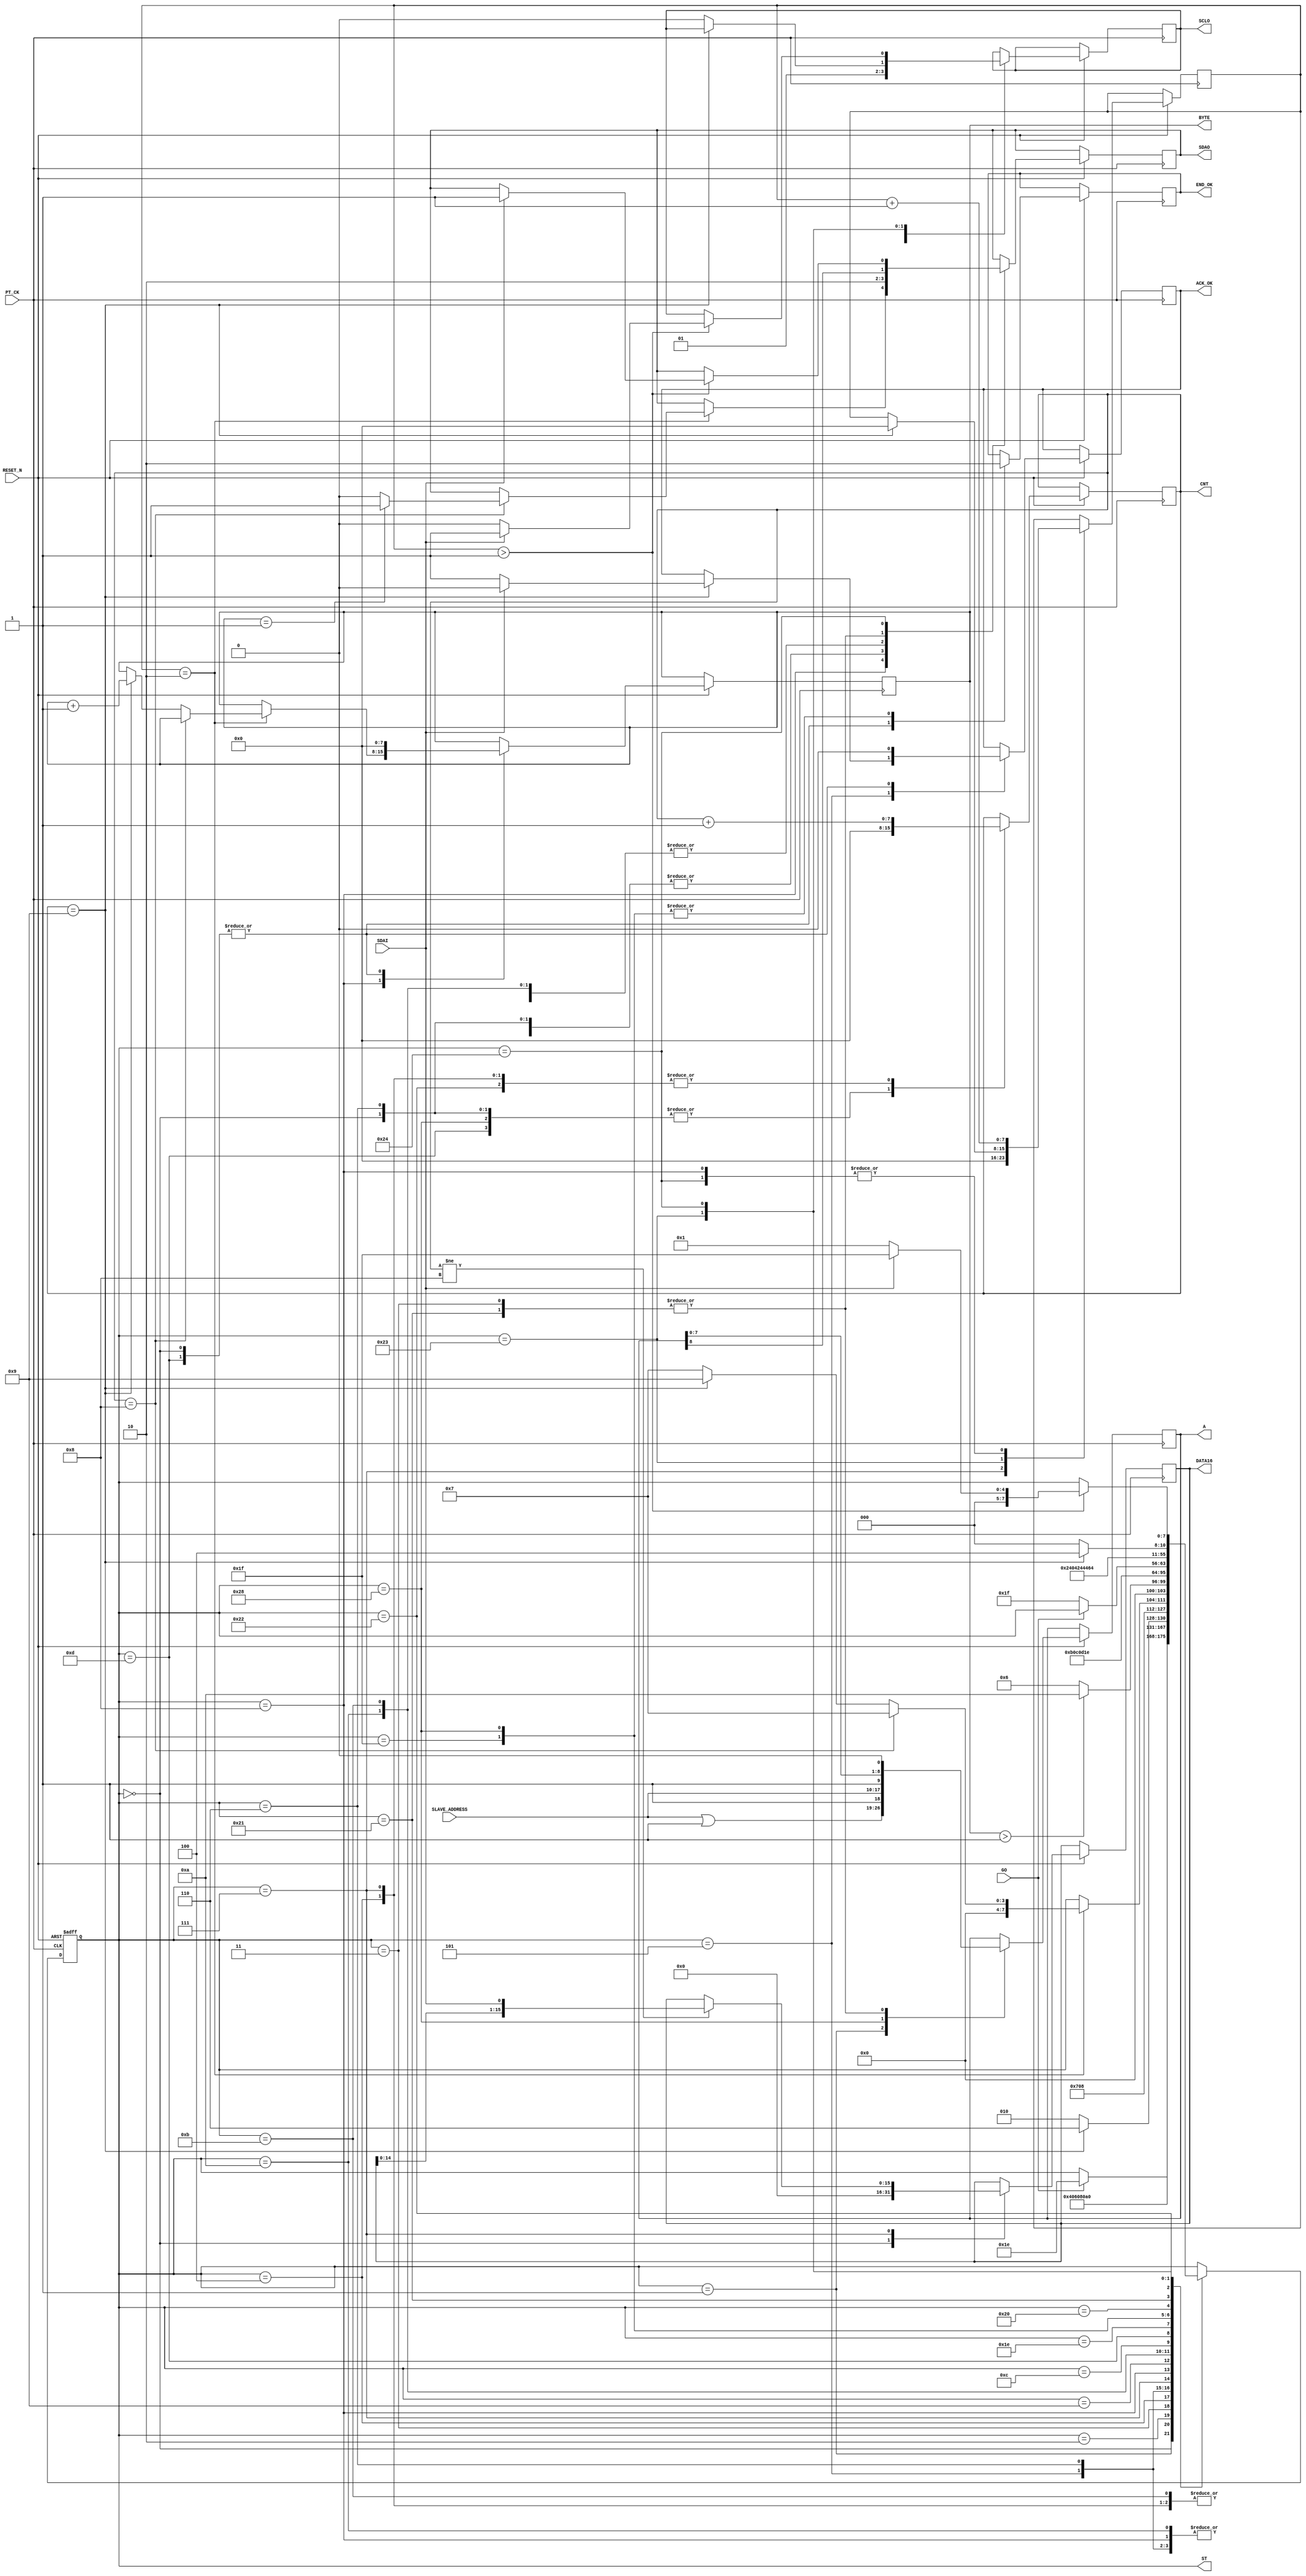
module I2C_READ_2BYTE_C (
   input  				RESET_N ,
	input       		PT_CK,
	input       [7:0]	SLAVE_ADDRESS ,
	input       		GO,
	input       		SDAI,
	output reg  		SDAO,
	output reg  		SCLO,
	output reg  		END_OK , 
	output reg  [15:0] DATA16 , 
	//for TEST
	output reg  [7:0] ST ,
	output reg        ACK_OK,
	output reg  [7:0] CNT,
	output reg  [8:0] A ,
	output reg  [7:0] BYTE
);

reg    [7:0]DELY ;    //ST DELAY
wire   [7:0]END_BYTE ; 
assign      END_BYTE =1;

always @( negedge RESET_N or posedge  PT_CK )begin
if (!RESET_N  ) ST <=0;
else 
	  case (ST)
	    0: begin  
		      SDAO   <=1; 
	         SCLO   <=1;
	         ACK_OK <=0;
	         CNT    <=0;
	         END_OK <=1;
	         BYTE   <=0;
				DATA16 <=0;
	         if (GO) ST  <=30 ;							
		    end		  
	  //----I2C READ-COMMAND---
	    1: begin  //start 
		      ST <=2 ; 
			   { SDAO,  SCLO } <= 2'b01; 
				A <= {SLAVE_ADDRESS | 1  ,1'b1 };//READ COMMAND
		    end
	    2: begin  //start 
		      ST <=3 ; 
			   { SDAO,  SCLO } <= 2'b00; 
		    end
			 
	    3: begin  //start 
		      ST <=4 ; 
			   { SDAO, A } <= { A ,1'b0 }; 
		    end
	    4: begin
		      ST <=5 ; 
			   SCLO <= 1'b1 ; 
				CNT <= CNT +1 ;
		    end
			 
	    5: begin  
			   SCLO <= 1'b0 ; 
			   if (CNT ==9) begin
				    ST <= 6 ; 
					 if ( !SDAI ) ACK_OK <=1 ; 
					 else ACK_OK <=0 ; 
				 end
				 else ST <= 2;
		    end			 
     //-----DATA READ---
	    6: begin 
		      ST <=7 ; 
			   {SDAO , SCLO} <= 2'b10; 			
				CNT <=0 ;
		    end
	    7: begin  
		      ST <=8 ;  
				DELY <=0;
			   SCLO <= 1'b1 ; 
				    if ( CNT !=8  ) DATA16 <= { DATA16[14:0], SDAI };
				   CNT <= CNT +1 ;
		    end			 
	    8: begin  		 
		    DELY <=DELY+1 ;
			 SCLO <= 1'b0 ; 
			 if (DELY ==2)  begin 			    
			    if (CNT ==8) begin
				      ST <= 7;
					   if ( BYTE  == END_BYTE )  SDAO <= 1'b1 ; 
					   else  
					   SDAO <= 1'b0 ;
				 end
			    else if (CNT == 9)  
				    begin 
					   BYTE <= BYTE +1 ;   ST <= 9; 
					 end
				 else ST <= 7;
			 end	 
		    end
	    9: begin
		     if  ( BYTE > END_BYTE ) ST <=10 ; 
			   else ST <=6 ; 
			   
         end
	    10: begin          //stop
		      ST <=11 ; 
			   { SDAO,  SCLO } <= 2'b00; 
         end
	    11: begin          //stop
		      ST <=12 ; 
			   { SDAO,  SCLO } <= 2'b01; 
         end
	    12: begin          //stop
		      ST <=13 ; 
			   { SDAO,  SCLO } <= 2'b11; 
         end	
		 13:	 
			  begin
		      ST     <= 30; 
				END_OK <= 1;
		      SDAO   <=1; 
	         SCLO   <=1;
	         ACK_OK <=0;
	         CNT    <=0;
	         BYTE <=0;				
		     end
		//--- END ---
		30: begin
            if (!GO) ST  <=31;
          end
		//--- END ---
		  30: begin
            if (!GO) ST  <=31;
          end			
		  31: begin  //
		      END_OK<=0;
				ST    <=1;	
			end	
	  //---SLEEP UP-----		 
	    40: begin  //

		      END_OK<=0;
				CNT <=0 ; 
		      ST <=32 ; 
			   { SDAO,  SCLO } <= 2'b01; 
				A <= {SLAVE_ADDRESS ,1'b1 };//WRITE COMMAND
		    end
	    32: begin  //start 
		      ST <=33 ; 
			   { SDAO,  SCLO } <= 2'b00; 
		    end			 
	    33: begin  //start 
		      ST <=34 ; 
			   { SDAO, A } <= { A ,1'b0 }; 
		    end
	    34: begin  //start 
		      ST <=35 ; 
			   SCLO <= 1'b1 ; 
				CNT <= CNT +1 ;
		    end
			 
	    35: begin  
			  
			  if (CNT==9)  begin DELY<=0;  ST <= 36;end 
			  else begin ST <= 32; SCLO <= 1'b0 ; end 
		    end	
 			 
	    36: begin  
		         DELY<=DELY+1;
				   if ( DELY > 1 )  begin 
				         if ( SDAI==1 ) begin ST <= 31 ;  { SDAO,  SCLO } <= 2'b11; end
			            else  begin ST <=1 ;SCLO <= 1'b0;  end 
			      end
				end	
		//--I2C START--
	 			  	  
	  endcase 
  end

endmodule